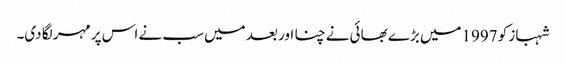
شہباز کو 1997میں بڑے بھائی نے چنا اور بعد میں سب نے اس پر مہر لگا دی۔